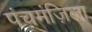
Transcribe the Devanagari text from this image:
पंचमंज़िला